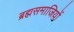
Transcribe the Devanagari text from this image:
ब्रह्मसमाजियों